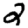
Digit: 2